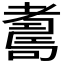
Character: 𦓃